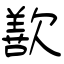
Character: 歚